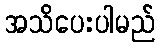
အသိပေးပါမည်